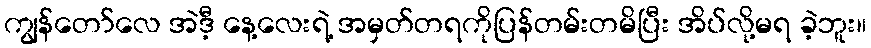
ကျွန်တော်လေ အဲဒီ့ နေ့လေးရဲ့ အမှတ်တရကိုပြန်တမ်းတမိပြီး အိပ်လို့မရ ခဲ့ဘူး။